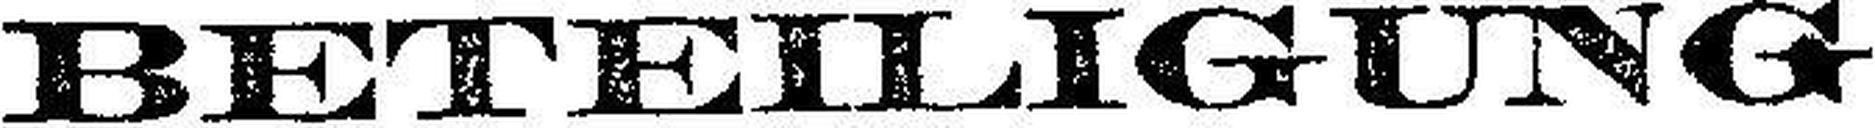
BETEILIGUNG